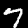
Digit: 7